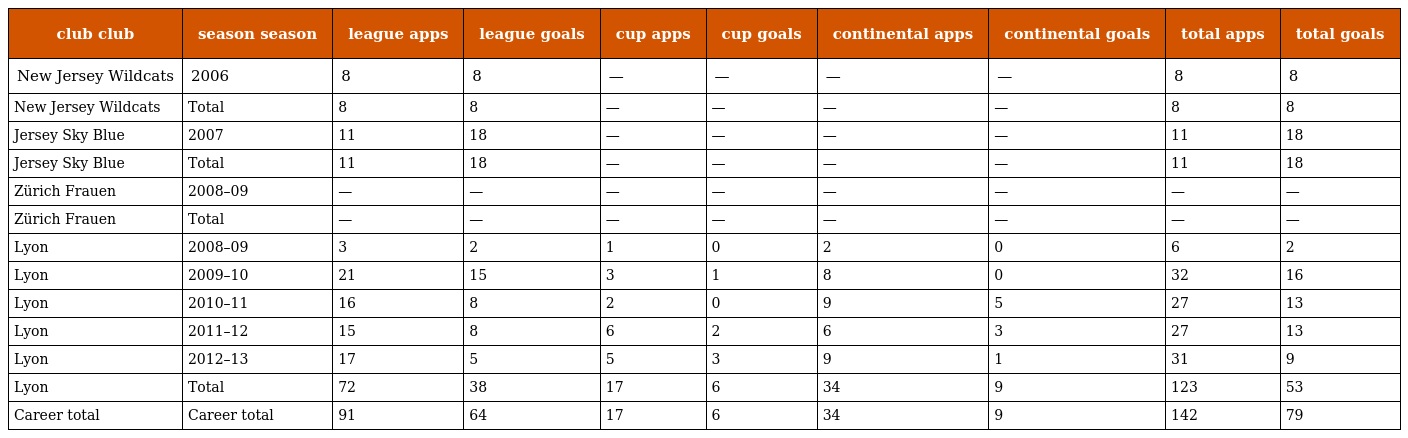
| club club | season season | league apps | league goals | cup apps | cup goals | continental apps | continental goals | total apps | total goals |
 | --- | --- | --- | --- | --- | --- | --- | --- | --- | --- |
 | New Jersey Wildcats | 2006 | 8 | 8 | — | — | — | — | 8 | 8 |
 | New Jersey Wildcats | Total | 8 | 8 | — | — | — | — | 8 | 8 |
 | Jersey Sky Blue | 2007 | 11 | 18 | — | — | — | — | 11 | 18 |
 | Jersey Sky Blue | Total | 11 | 18 | — | — | — | — | 11 | 18 |
 | Zürich Frauen | 2008–09 | — | — | — | — | — | — | — | — |
 | Zürich Frauen | Total | — | — | — | — | — | — | — | — |
 | Lyon | 2008–09 | 3 | 2 | 1 | 0 | 2 | 0 | 6 | 2 |
 | Lyon | 2009–10 | 21 | 15 | 3 | 1 | 8 | 0 | 32 | 16 |
 | Lyon | 2010–11 | 16 | 8 | 2 | 0 | 9 | 5 | 27 | 13 |
 | Lyon | 2011–12 | 15 | 8 | 6 | 2 | 6 | 3 | 27 | 13 |
 | Lyon | 2012–13 | 17 | 5 | 5 | 3 | 9 | 1 | 31 | 9 |
 | Lyon | Total | 72 | 38 | 17 | 6 | 34 | 9 | 123 | 53 |
 | Career total | Career total | 91 | 64 | 17 | 6 | 34 | 9 | 142 | 79 |